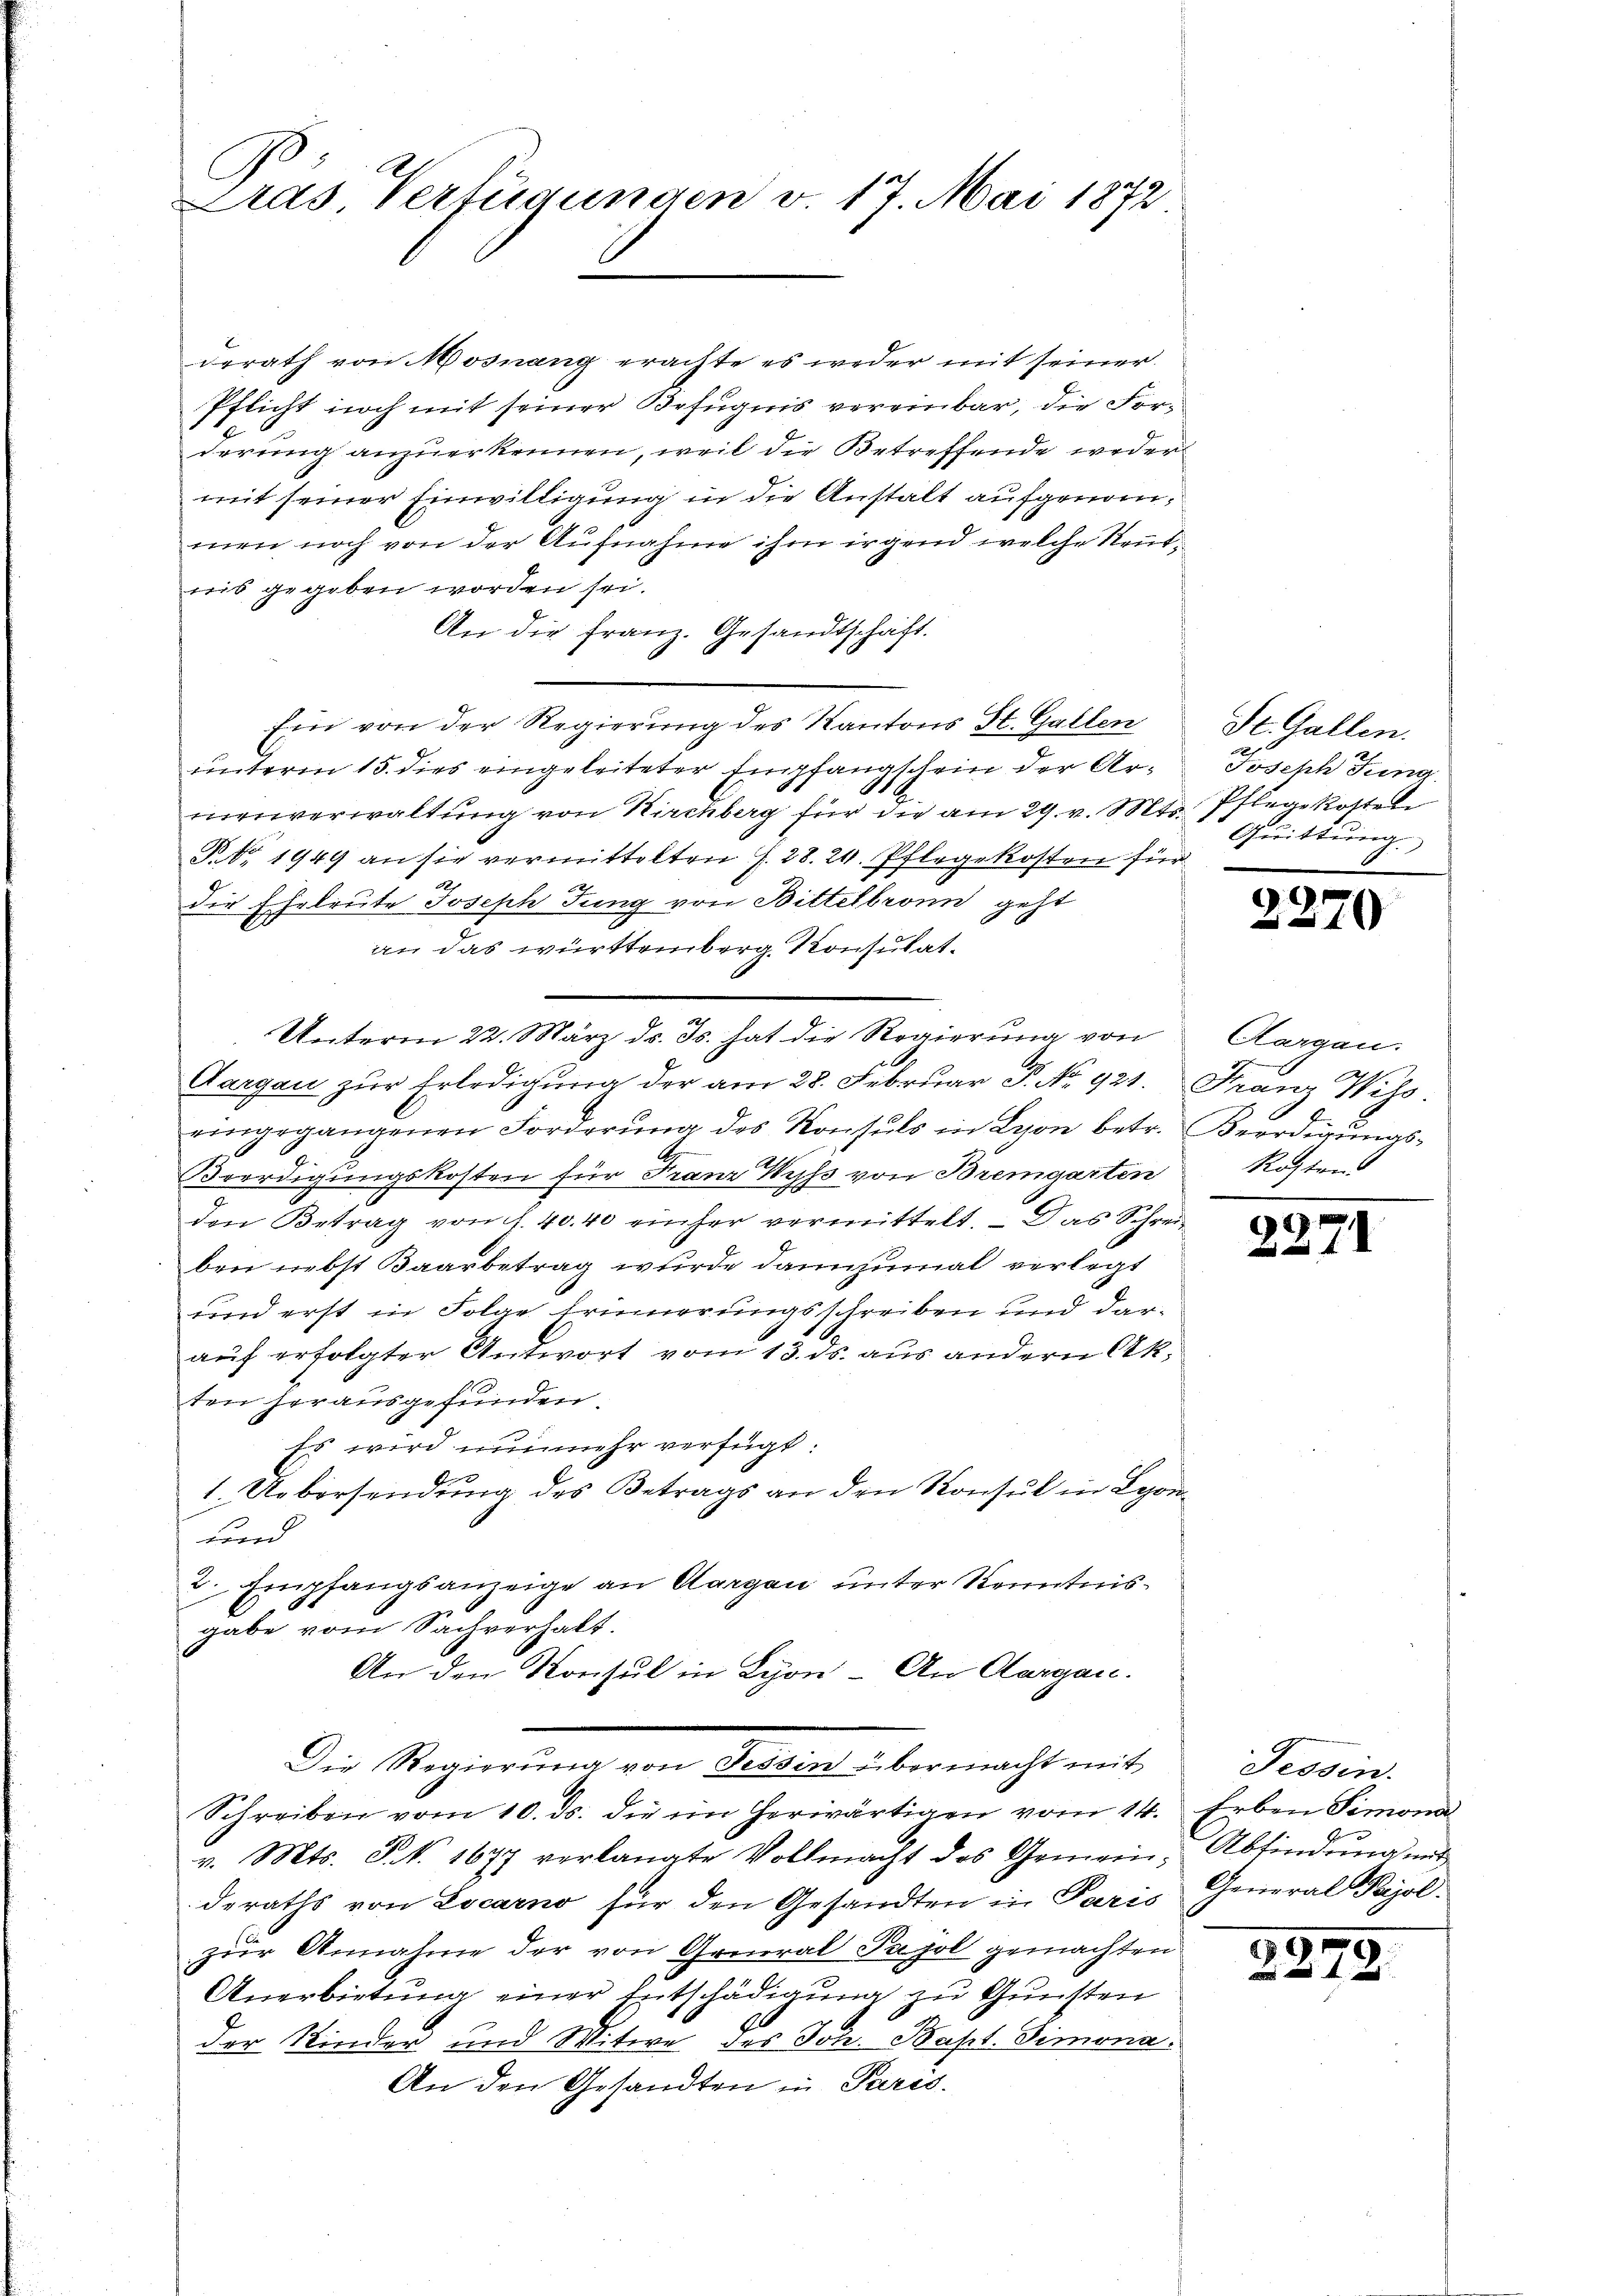
Pras. Verfügungen v. 17. Mai 1872

derath von Mosnang erachte es weder mit seiner
Pflicht noch mit seiner Befugnis vereinbar, die Forderung anzuerkennen, weil die Betreffende weder
mit seiner Einwilligung in die Anstalt aufgenommen noch von der Aufnahme ihm irgend welche Reutnis gegeben worden sei.
An die Franz. Gesandtschaft.
Ein von der Regierung des Kantons St. Gallen
unterm 15. dies eingeleiteter Empfangschein der Ar¬
.
menverwaltung von Kirchberg für die am 29. v. Mts. Pflege kostel
R. 1949 an sie vermittelten f. 28. 24. Pflegekosten si
die Eheleute Joseph Jung von Bittelbronn geht
an das württemberg Konsulat¬
Unterm 22. März d. Js. hat die Regierung von
t
Aargau zur Erledigung der am 28. Februar P. No. 921. Franz Wiss
eingegangenen Forderŭng des Konsuls in Lyon betr. Beerdigŭngs-
.
Beerdigungskosten für Franz Wyß von Bremgarten Kostens
den Betrag von f. 40. 40 einher vermittelt. – Das Schreiben nebst Baarbetrag wurde dannzumal verlegt
und erst in Folge Erinnerungsschreiben und darauf erfolgter Antwort vom 13. ds. aus andern Akten herausgefunden.
Es wird nunmehr verfügt:
1. Uebersendung des Betrags an den Konsul in Lyon¬
und
2. Empfangsanzeige an Aargau unter Kenntnisgabe vom Sachverhalt.
An den Konsul in Lyon - An Aargau.
Die Regierŭng von Tessin übermacht mit
Schreiben vom 10. ds. die im herwärtigen vom 14. Erben Simona
v. Mts. J. k. 1677 verlangte Vollmacht des Gemein, Abfindŭng mit
deraths von Locarno für den Gesandten in Paris General Pajol.
zur Annahme der von General Papol gemachten
Anerbietung einer Entschädigung zu Gunsten
der Kinder und Witwe des Joh. Bapt. Simona
An den Gesandten in Paris.

St. Gallen.
s
Joseph Jung
Quittung.

2270

Aargau.

2271

Tessin.

2279.